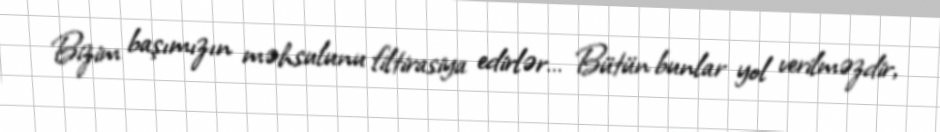
Bizim başımızın məhsulunu filtirasiya edirlər… Bütün bunlar yol verilməzdir,